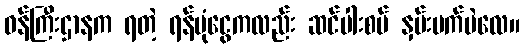
ဝန်ကြီးဌာနက ရတဲ့ ရန်ပုံငွေကလည်း ဆင်ပါးစပ် နှမ်းပက်ပဲလေ။